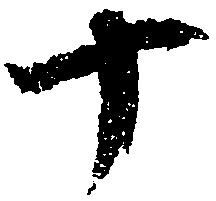
十